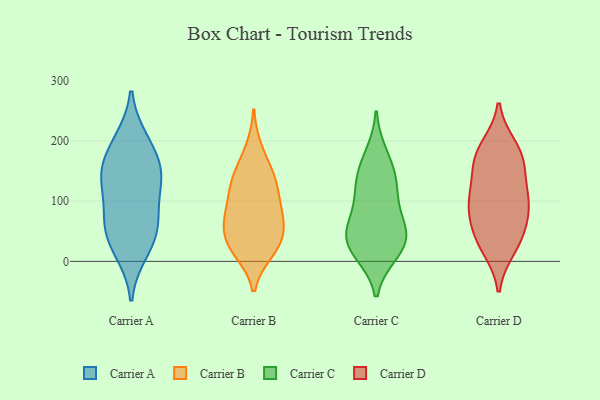
{"axis": {"x": "Gross Profit (USD K)", "y": "Value"}, "legend": ["Carrier A", "Carrier B", "Carrier C", "Carrier D"], "data": [{"x": "", "y": 200, "type": "Carrier A"}, {"x": "", "y": 59, "type": "Carrier A"}, {"x": "", "y": 135, "type": "Carrier A"}, {"x": "", "y": 150, "type": "Carrier A"}, {"x": "", "y": 79, "type": "Carrier A"}, {"x": "", "y": 33, "type": "Carrier A"}, {"x": "", "y": 17, "type": "Carrier A"}, {"x": "", "y": 191, "type": "Carrier A"}, {"x": "", "y": 65, "type": "Carrier A"}, {"x": "", "y": 142, "type": "Carrier A"}, {"x": "", "y": 139, "type": "Carrier A"}, {"x": "", "y": 41, "type": "Carrier B"}, {"x": "", "y": 149, "type": "Carrier B"}, {"x": "", "y": 126, "type": "Carrier B"}, {"x": "", "y": 87, "type": "Carrier B"}, {"x": "", "y": 43, "type": "Carrier B"}, {"x": "", "y": 79, "type": "Carrier B"}, {"x": "", "y": 70, "type": "Carrier B"}, {"x": "", "y": 186, "type": "Carrier B"}, {"x": "", "y": 128, "type": "Carrier B"}, {"x": "", "y": 29, "type": "Carrier B"}, {"x": "", "y": 17, "type": "Carrier B"}, {"x": "", "y": 18, "type": "Carrier B"}, {"x": "", "y": 134, "type": "Carrier B"}, {"x": "", "y": 76, "type": "Carrier B"}, {"x": "", "y": 18, "type": "Carrier C"}, {"x": "", "y": 108, "type": "Carrier C"}, {"x": "", "y": 14, "type": "Carrier C"}, {"x": "", "y": 139, "type": "Carrier C"}, {"x": "", "y": 150, "type": "Carrier C"}, {"x": "", "y": 45, "type": "Carrier C"}, {"x": "", "y": 41, "type": "Carrier C"}, {"x": "", "y": 62, "type": "Carrier C"}, {"x": "", "y": 113, "type": "Carrier C"}, {"x": "", "y": 177, "type": "Carrier C"}, {"x": "", "y": 60, "type": "Carrier C"}, {"x": "", "y": 26, "type": "Carrier C"}, {"x": "", "y": 107, "type": "Carrier D"}, {"x": "", "y": 190, "type": "Carrier D"}, {"x": "", "y": 28, "type": "Carrier D"}, {"x": "", "y": 50, "type": "Carrier D"}, {"x": "", "y": 87, "type": "Carrier D"}, {"x": "", "y": 181, "type": "Carrier D"}, {"x": "", "y": 176, "type": "Carrier D"}, {"x": "", "y": 47, "type": "Carrier D"}, {"x": "", "y": 112, "type": "Carrier D"}, {"x": "", "y": 159, "type": "Carrier D"}, {"x": "", "y": 96, "type": "Carrier D"}, {"x": "", "y": 88, "type": "Carrier D"}, {"x": "", "y": 151, "type": "Carrier D"}, {"x": "", "y": 22, "type": "Carrier D"}]}